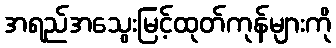
အရည်အသွေးမြင့်ထုတ်ကုန်များကို